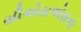
સીએસએસના